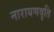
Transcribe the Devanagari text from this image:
नारायणवृति